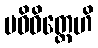
ပဝိဝိတ္တေဟိ